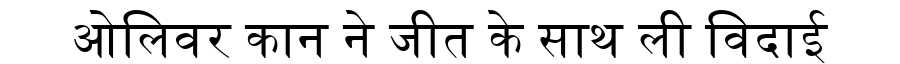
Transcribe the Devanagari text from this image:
ओलिवर कान ने जीत के साथ ली विदाई